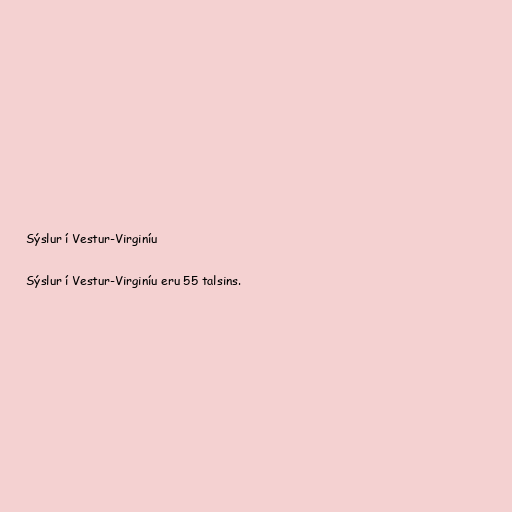
Sýslur í Vestur-Virginíu

Sýslur í Vestur-Virginíu eru 55 talsins.